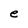
Character: e